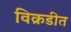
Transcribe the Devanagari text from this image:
विक्रडीत